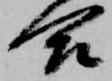
合